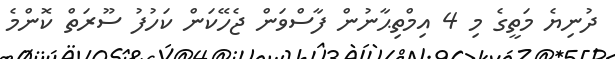
ދުނިޔެ މަތީގެ މި 4 އިމްތިޙާނުން ފާސްވަން ޖެހޭކަން ކަހުފު ސޫރަތް ކޮންމެ